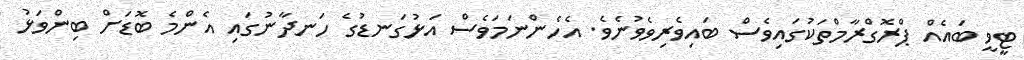
ޓީވީ ބައެއް ޕްރޮގްރާމްތަކުގައިވެސް ބައިވެރިވެވުނެވެ. އެހެންނަމަވެސް އަޅުގަނޑުގެ ހަނދާނުގައި އެންމެ ބޮޑަށް ބިންވަޅު